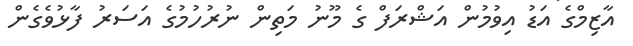
އާޒިމްގެ އަޑު އިވުމުން އަޝްރަފް ގެ މޫނު މަތިން ނުރުހުމުގެ އަސަރު ފާޅުވެގެން